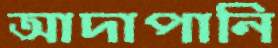
আদাপানি